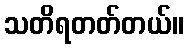
သတိရတတ်တယ်။